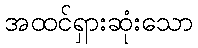
အထင်ရှားဆုံးသော